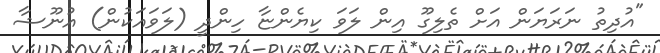
"އުދިތު ނަރަޔަން އަށް ތެލިގޫ އިން ލަވަ ކިޔެންޏާ ހިންދީ (ލަވައަކުން) އުނޫޝާ